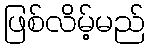
ဖြစ်လိမ့်မည်